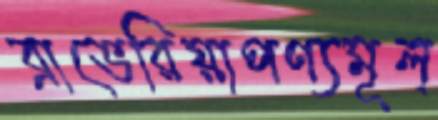
ব্রাভেরিয়াপণ্যমূল্